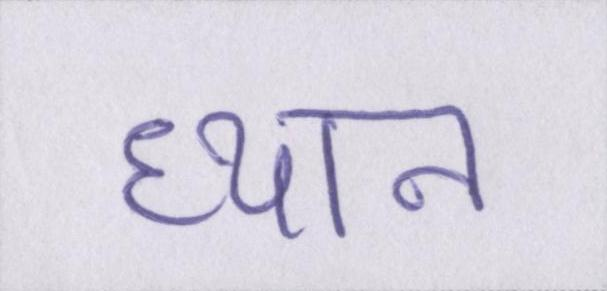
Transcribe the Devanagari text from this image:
ध्यान